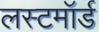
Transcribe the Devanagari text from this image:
लस्टमॉर्ड